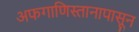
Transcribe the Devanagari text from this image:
अफगाणिस्तानापासून